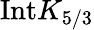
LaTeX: \mathrm{Int}K_{5/3}